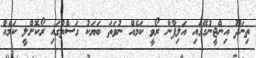
ތިނަދޫ އިންޖީނުގޭގައި އަލިފާން ރޯވީ ކަމެއް ނުވަތަ ބަޔަކު ގަސްތުގައި ރޯކޮށްލީ ކަމެއް